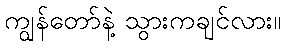
ကျွန်တော်နဲ့ သွားကချင်လား။